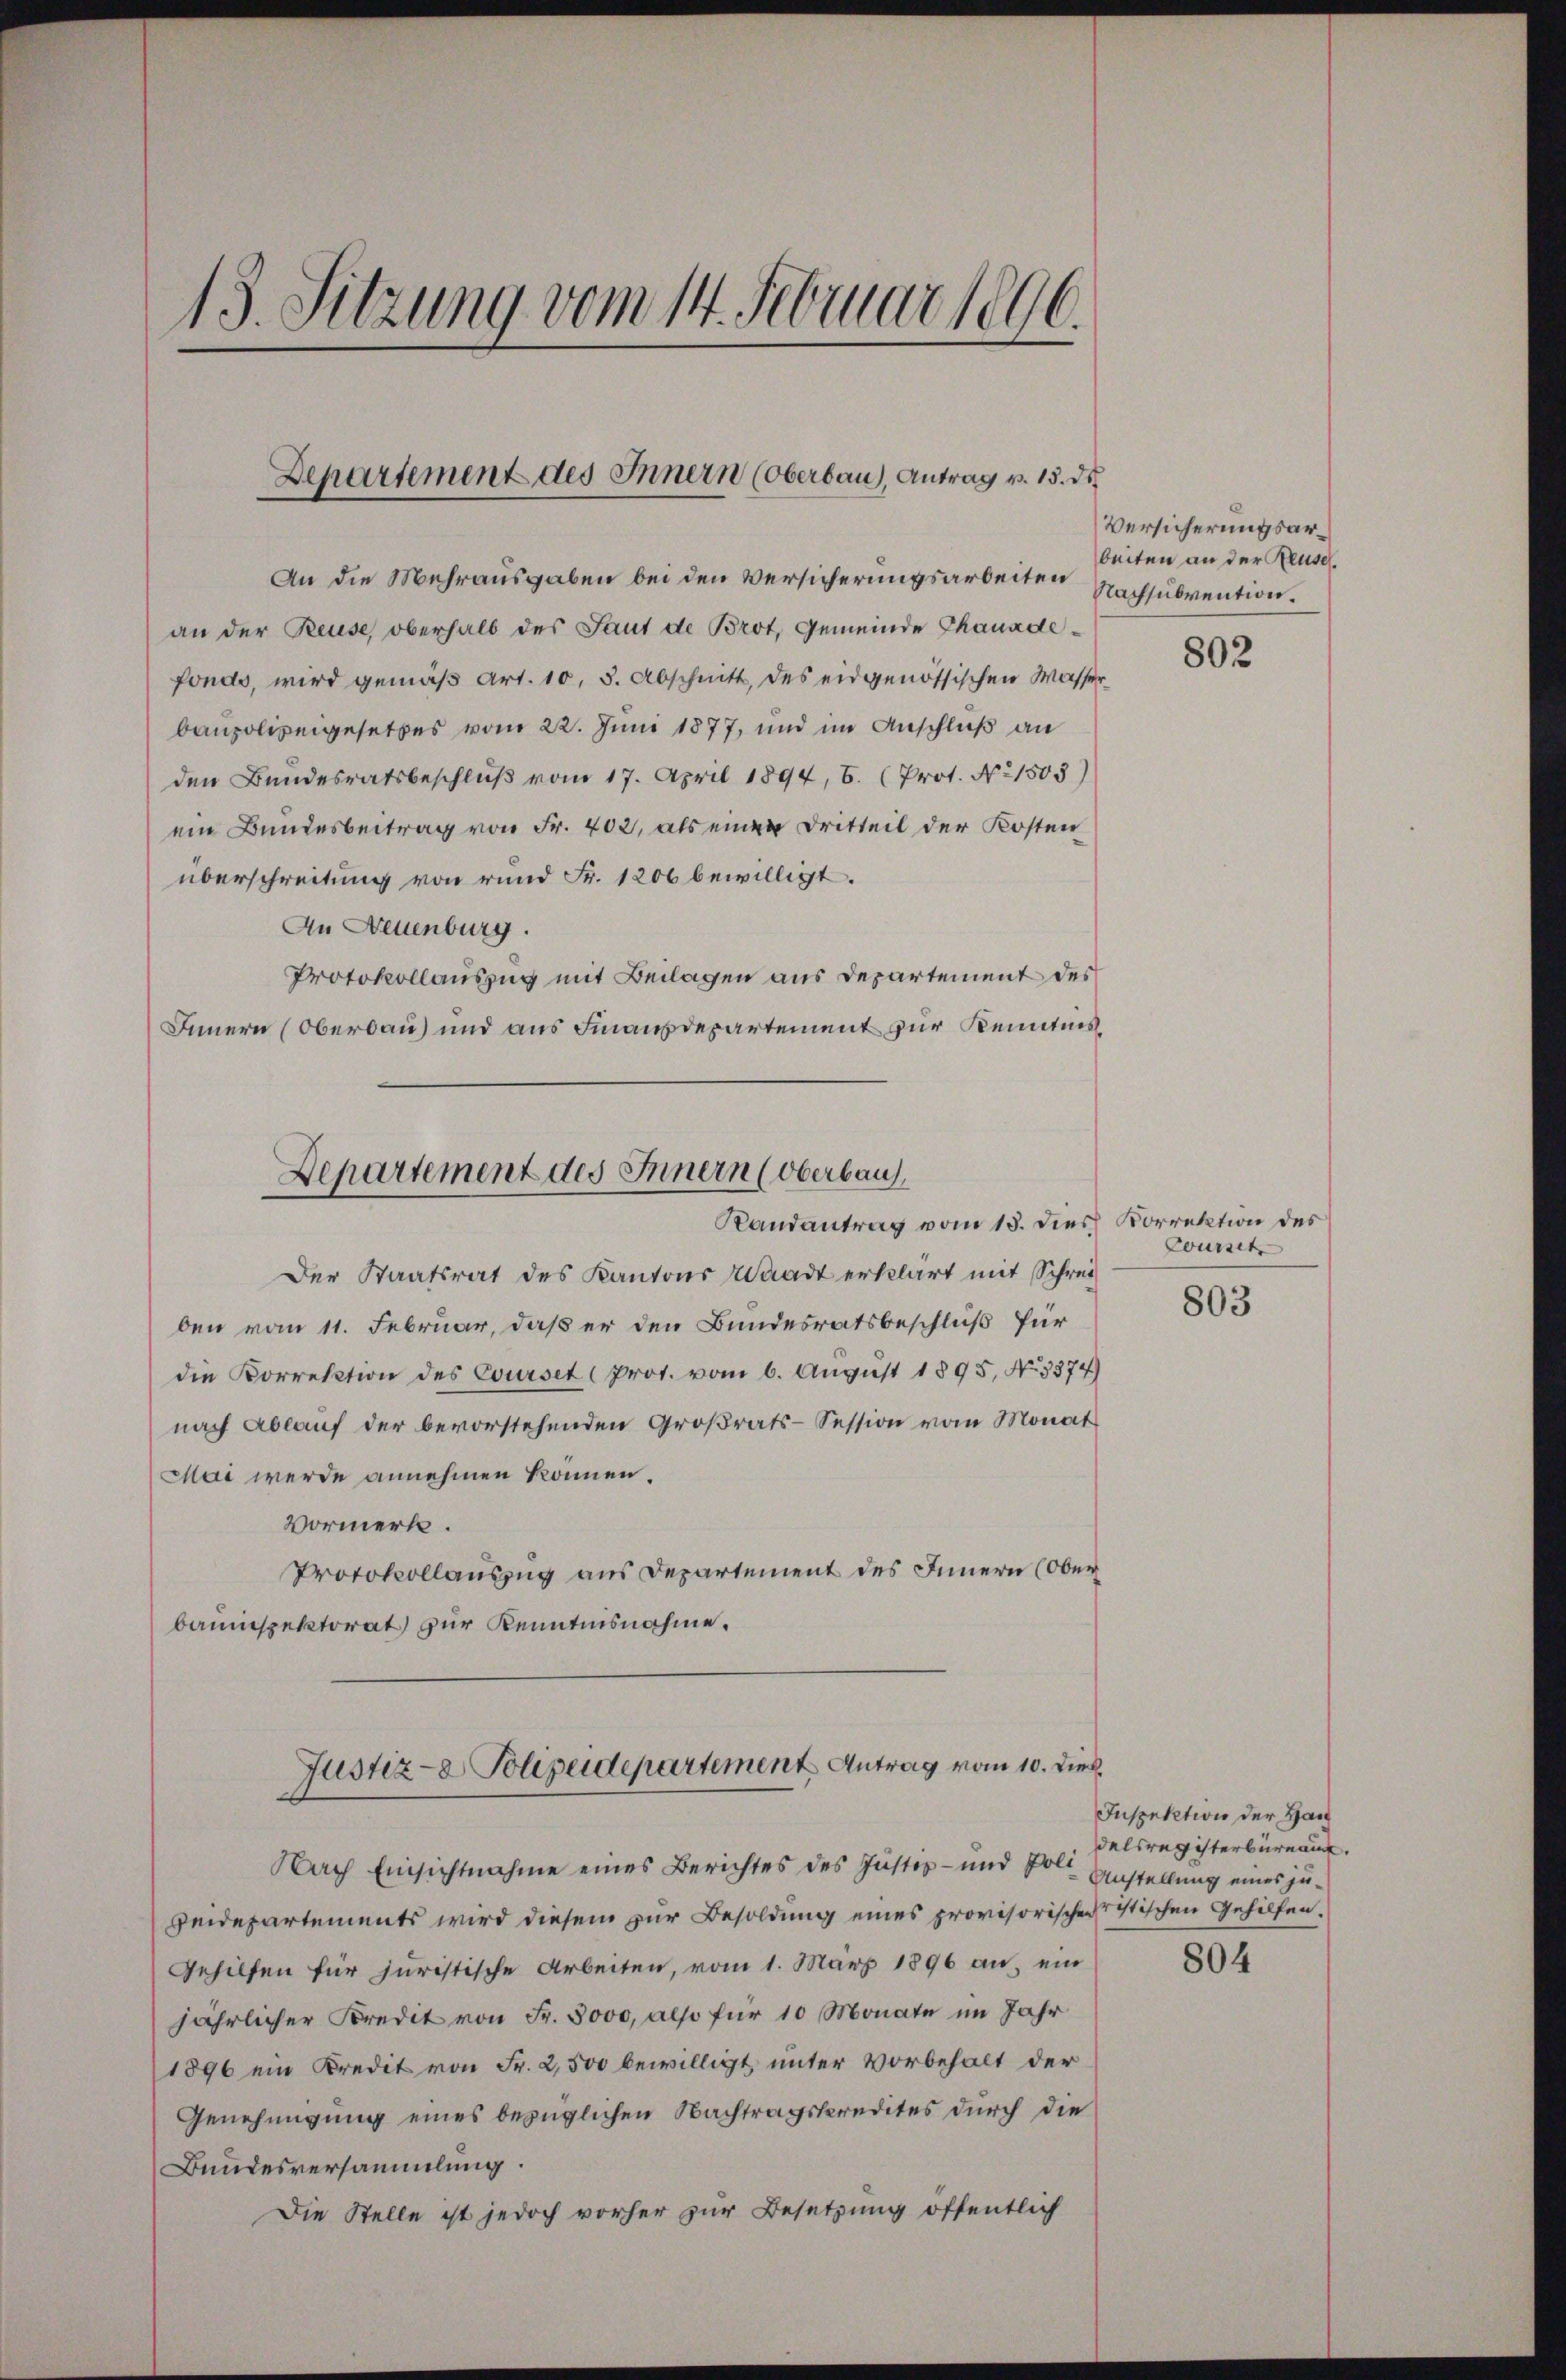
13. Sitzung vom 14. Februar 1896.

An die Mehrausgaben bei den Versicherungsarbeiten Nachsubvention.
an der Reuse oberhalb des Saut de Brot, Gemeinde Chauadefondo, wird gemäß Art. 10, 5. Abschnitt, des eidgenössischen Wasser
baupolizeigesetzes vom 22. Juni 1877, und im Anschluß an
den Bundesratsbeschluß vom 17. April 1894, 6. (Prot. No 1503)
ein Bundesbeitrag von Fr. 402, als einen Dritteil der Kosten
überschreitung von rund Fr. 1200 bewilligt.
An Wettenburg.
Protokollauszug mit Beilagen aus Departement des
Innern (Oberbau und aus Finanzdepartement zur Kenntnis,

Departement des Innern (Oberbau), Antrag v. 15. ds.

Departement des Innern (Oberbaus
Randantrag vom 13. Dies Vorrektion des

Der Staatsrat des Kantons Waadt erklärt mit Schrei
ben vom 11. Februar, daß er den Bundesratsbeschluß für
die Korrektion des Courses Prot. vom 6. August 1895, No. 3374)
nach Ablaŭf der bevorstehenden Groβrats-Session vom Monat
Mai werde annehmen können.
Vormerk.
Protokollauszug aus Departement des Innern (Ober
bauinspektorat zur Kenntnisnahme.

Justiz- & Polizeidepartement Antrag vom 10. Dies

Nach Einsichtnahme eines Berichtes des Justiz- und Polte Anstellung eines ju¬
Heidepartements wird diesem zur Besoldung eines provisorischeristischen Gehilfen.
Gehilfen für juristische Arbeiten, vom 1. März 1896 an, ein
jährlicher Kredit von Fr. 5000, also für 10 Monate im Jahr
1896 ein Kredit von Fr. 2,500 bewilligt, unter Vorbehalt der
Genehmigung eines bezüglichen Nachtragskredites durch die
Bundesversammlung.
Die Stelle ist jedoch vorher zur Besetzung öffentlich

Versicherungsarbeiten an der Reuse.

802

wousset

803

Inspektion der Han
delsregisterbüreau.

804